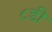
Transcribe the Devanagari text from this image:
८डी